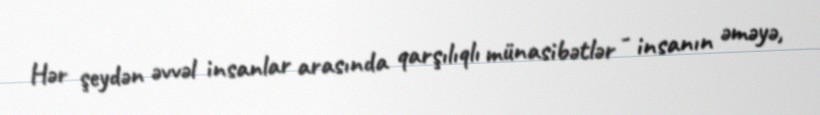
Hər şeydən əvvəl insanlar arasında qarşılıqlı münasibətlər - insanın əməyə,